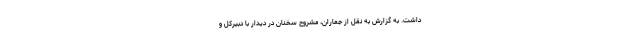
داشت. به گزارش به نقل از جماران، مشروح سخنان در دیدار با دبیرکل و